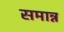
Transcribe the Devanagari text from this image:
समान्न